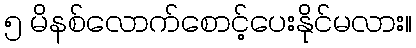
၅ မိနစ်လောက်စောင့်ပေးနိုင်မလား။